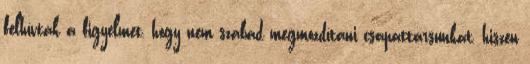
felhívták a figyelmet, hogy nem szabad megmozdítani csapattársunkat, hiszen